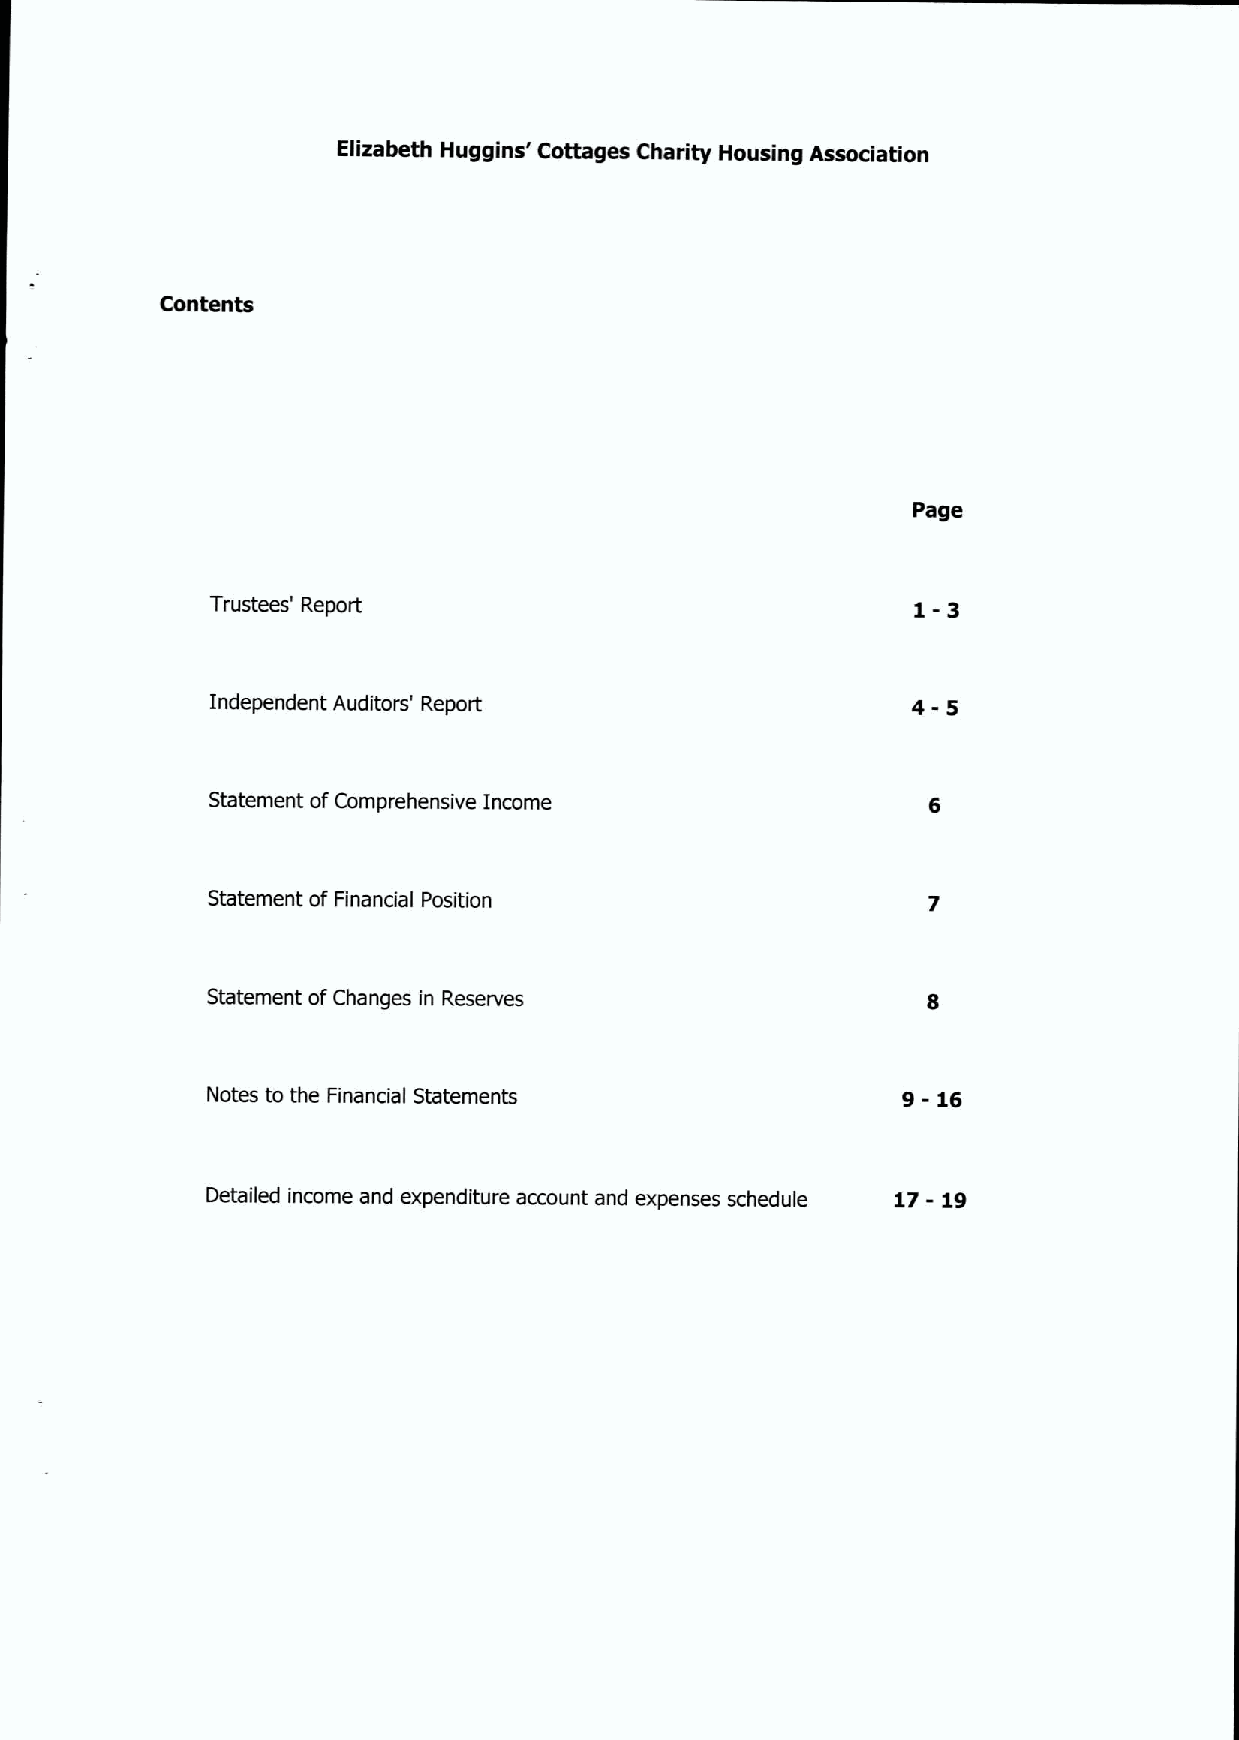
Elizabeth Huggins' Cottages Charity Housing Association
 Contents
 Page
 1-3
 Trustees' Report
 4-5
 Independent Auditors' Report
 Statement ofComprehensive Income
 Statement of Financial Position
 Statement ofChanges in Reserves
 9-16
 Notes to the Financial Statements
 Detailed income and expenditure account and expenses schedule
 17-19